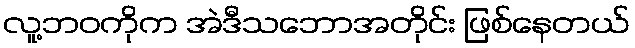
လူ့ဘဝကိုက အဲဒီသဘောအတိုင်း ဖြစ်နေတယ်